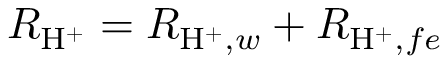
R _ { \mathrm { H } ^ { + } } = R _ { \mathrm { H } ^ { + } , w } + R _ { \mathrm { H } ^ { + } , f e }